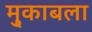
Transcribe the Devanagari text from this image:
मु्काबला